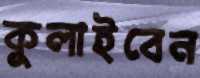
কুলাইবেন